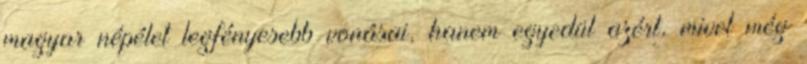
magyar népélet legfényesebb vonásai, hanem egyedül azért, mivel még